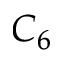
C _ { 6 }